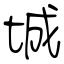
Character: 城